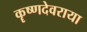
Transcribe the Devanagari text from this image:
कॄष्णदेवराया